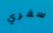
سفري